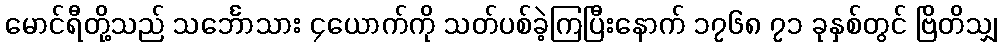
မောင်ရီတို့သည် သင်္ဘောသား ၄ယောက်ကို သတ်ပစ်ခဲ့ကြပြီးနောက် ၁၇၆၈ ၇၁ ခုနှစ်တွင် ဗြိတိသျှ